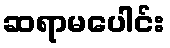
ဆရာမပေါင်း